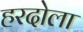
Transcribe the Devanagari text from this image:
हरदोला